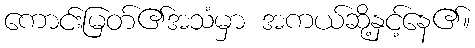
ကောင်းမြတ်၏အသံမှာ အကယ်ဆို့နှင့်နေ၏။